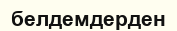
белдемдерден